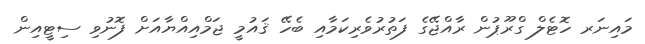
މައިނަރ ހޮޓެލް ގްރޫޕުން ރާއްޖޭގެ ފަތުރުވެރިކަމާއި ބެހޭ ޤައުމީ ޖަމްއިއްޔާއަށް ފޮނުވި ސިޓީއިން